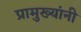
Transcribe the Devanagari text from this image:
प्रामुख्यांनी